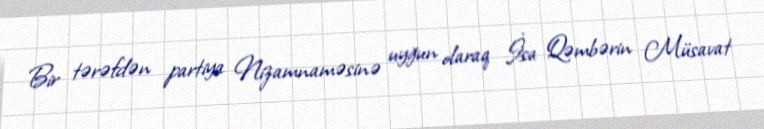
Bir tərəfdən partiya Nizamnaməsinə uyğun olaraq İsa Qəmbərin Müsavat